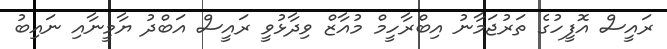
ރައީސް އޮފީހުގެ ތަރުޖަމާނު އިބްރާހީމް މުއާޒް ވިދާޅުވީ ރައީސް އަބްދު ޔާމީނާއި ނައިބު